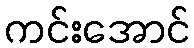
ကင်းအောင်